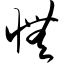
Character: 怃